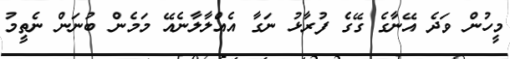
މީހުން ވަދެ އޭނާގެ ގޭގެ ފުރާޅު ނަގާ އެއްލާލާނެއޭ މަމެން ބުނަން ނެތީމު